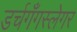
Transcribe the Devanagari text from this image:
डर्चगँगस्लेगर